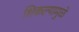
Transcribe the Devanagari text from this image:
शिकल्यामुळे